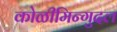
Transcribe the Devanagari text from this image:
कोळीमिन्गुदल